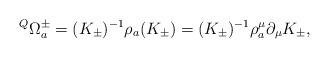
LaTeX: \begin{align*}{}^Q\Omega^\pm_a=(K_\pm)^{-1}\rho_a(K_\pm)=(K_\pm)^{-1}\rho^\mu_a\partial_\mu K_\pm,\end{align*}